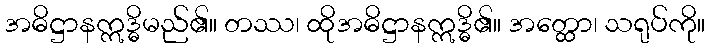
အဓိဋ္ဌာနဣဒ္ဓိမည်၏။ တဿ၊ ထိုအဓိဋ္ဌာနဣဒ္ဓိ၏။ အတ္ထော၊ သရုပ်ကို။